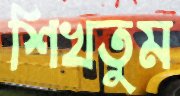
শিখতুম